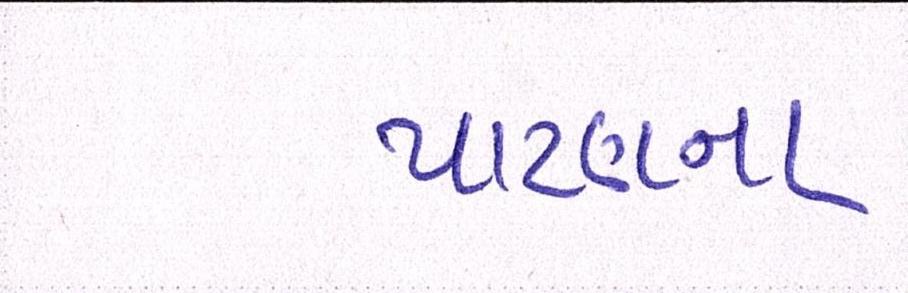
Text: પાટણના